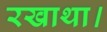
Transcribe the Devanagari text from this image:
रखाथा।